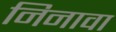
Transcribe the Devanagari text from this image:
निनावा